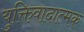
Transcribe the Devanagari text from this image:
युक्तिवादात्मक